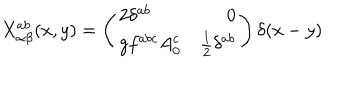
X _ { \alpha \beta } ^ { a b } ( x , y ) = \left( \begin{array} { l r } { { 2 \delta ^ { a b } } } & { { 0 \nonumber } } \\ { { g f ^ { a b c } A _ { 0 } ^ { c } } } & { { \frac { 1 } { 2 } \delta ^ { a b } \nonumber } } \\ \end{array} \right) \delta ( x - y )